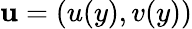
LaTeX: {\mathbf u}=(u(y),v(y))